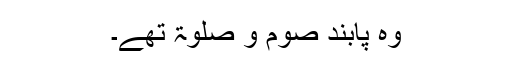
وہ پابند صوم و صلوۃ تھے۔